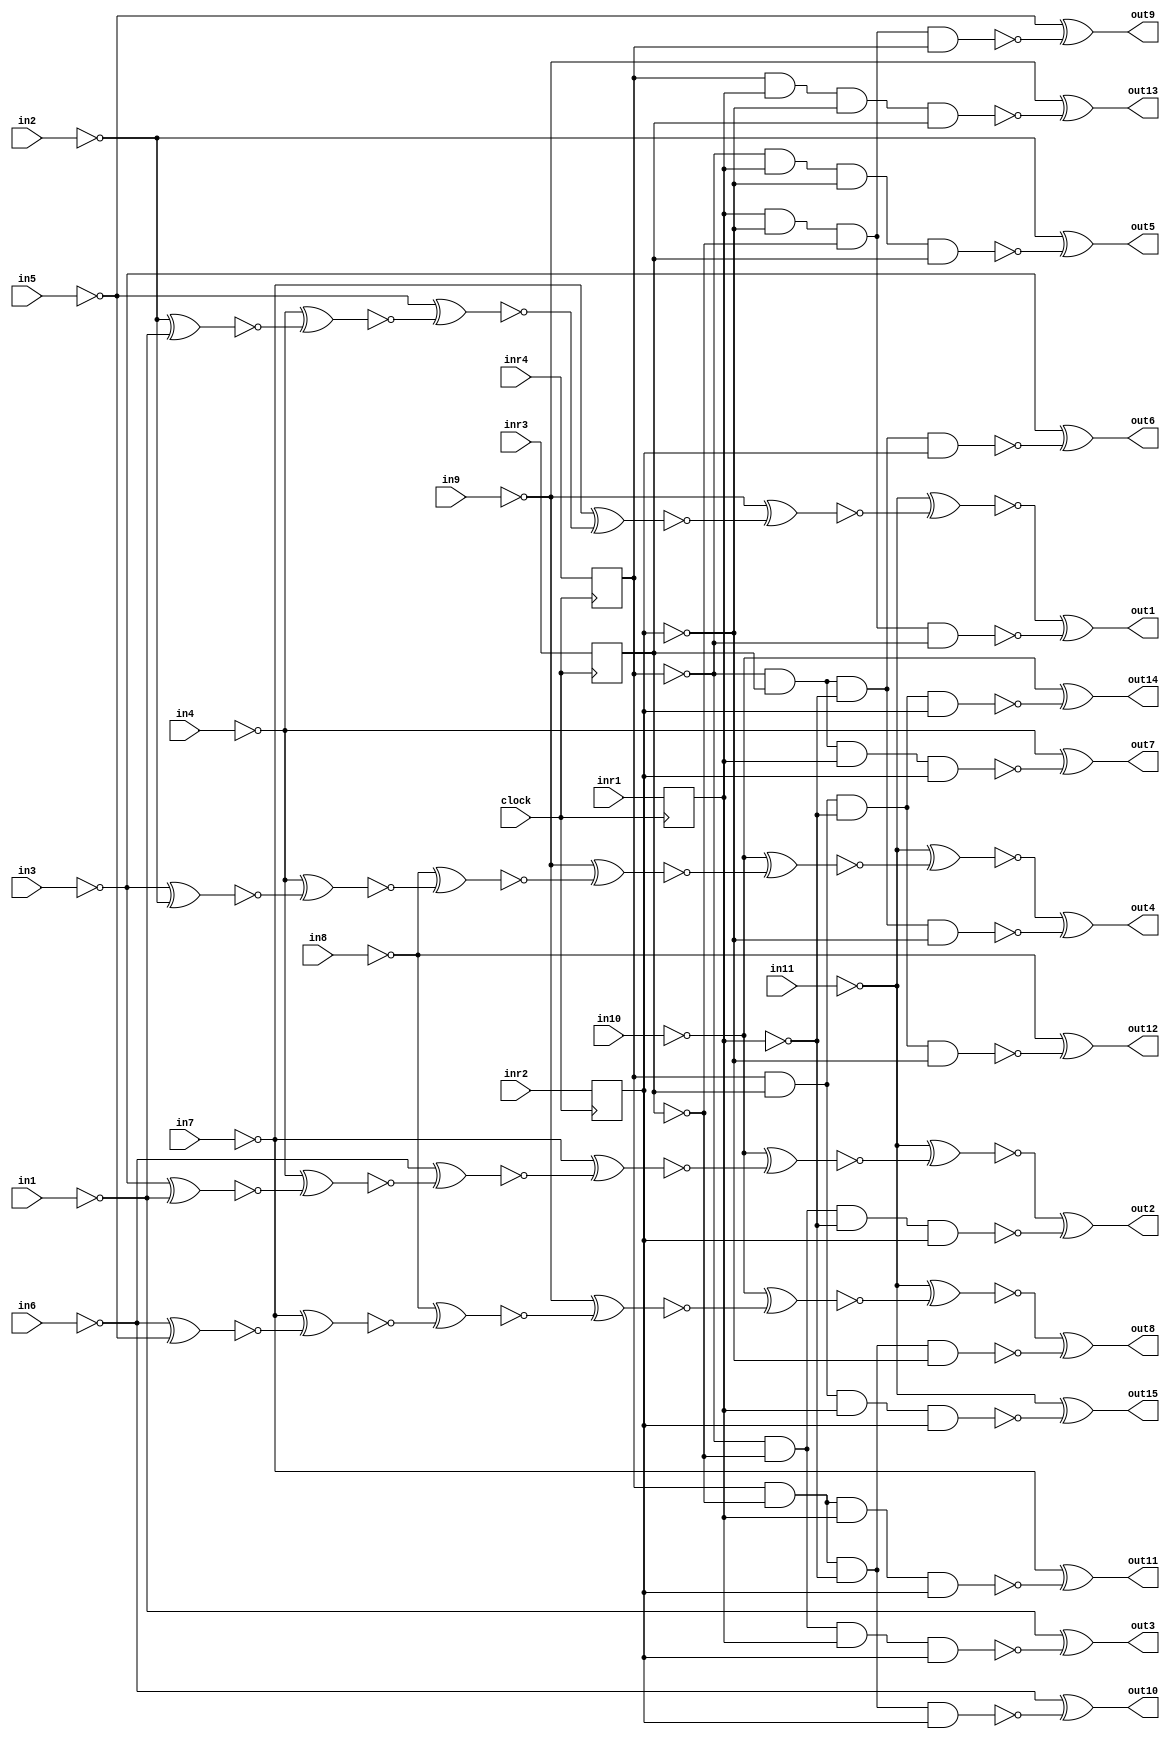
// Benchmark "hamming15" written by ABC on Mon Nov 24 09:52:03 2014

module hamming15 ( clock, 
    in1, in2, in3, in4, in5, in6, in7, in8, in9, in10, in11,
    out1, out2, out3, out4, out5, out6, out7, out8, out9, out10, out11,
    out12, out13, out14, out15  ,
		inr1,inr2,inr3,inr4
		);
  input  clock;
  input  in1, in2, in3, in4, in5, in6, in7, in8, in9, in10, in11;
		input inr1,inr2,inr3,inr4;
  output out1, out2, out3, out4, out5, out6, out7, out8, out9, out10, out11,
    out12, out13, out14, out15;
  reg r0, r1, r2, r3;
  wire n39, n40, n41, n42, n47, n48, n49, n50, n51, n52, n53, n54_1, n55,
    n56, n57, n58, n59_1, n60, n61, n79, n80, n81, n82, n83, n84, n85, n86,
    n87, n88, n89, n90, n91, n92, n93, n94, n95, n96, n97, n98, n99, n100,
    n101, n102, n103, n104, n105, n106, n107, n108, n109, n110, n111, n112,
    n113, n114, n115, n116, n117, n118, n119, n120, n121, n122, n123, n124,
    n125, n126, n127, n128, n129, n130, n131, n132, n133, n134, n135, n136,
    n137, n138, n139, n140, n54, n59, n64, n69;
  assign n39 = r0;
  assign n40 = r1;
  assign n41 = r2;
  assign n42 = r3;
  assign n54 = n39;
  assign n59 = n40;
  assign n64 = n41;
  assign n69 = n42;
  assign n47 = r0 & ~r1 & ~r2 & ~r3;
  assign n48 = ~r3 & ~r2 & ~r0 & r1;
  assign n49 = ~r3 & ~r2 & r0 & r1;
  assign n50 = ~r3 & r2 & ~r0 & ~r1;
  assign n51 = ~r3 & r0 & ~r1 & r2;
  assign n52 = ~r3 & r2 & ~r0 & r1;
  assign n53 = ~r3 & r2 & r0 & r1;
  assign n54_1 = r3 & ~r2 & ~r0 & ~r1;
  assign n55 = r0 & ~r1 & ~r2 & r3;
  assign n56 = r3 & ~r2 & ~r0 & r1;
  assign n57 = r3 & ~r2 & r0 & r1;
  assign n58 = r3 & r2 & ~r0 & ~r1;
  assign n59_1 = r3 & r0 & ~r1 & r2;
  assign n60 = r3 & r2 & ~r0 & r1;
  assign n61 = r3 & r2 & r0 & r1;
  assign out1 = ~n102 ^ ~n47;
  assign out2 = ~n111 ^ ~n48;
  assign out3 = ~n130 ^ ~n49;
  assign out4 = ~n120 ^ ~n50;
  assign out5 = ~n131 ^ ~n51;
  assign out6 = ~n132 ^ ~n52;
  assign out7 = ~n133 ^ ~n53;
  assign out8 = ~n129 ^ ~n54_1;
  assign out9 = ~n134 ^ ~n55;
  assign out10 = ~n135 ^ ~n56;
  assign out11 = ~n136 ^ ~n57;
  assign out12 = ~n137 ^ ~n58;
  assign out13 = ~n138 ^ ~n59_1;
  assign out14 = ~n139 ^ ~n60;
  assign out15 = ~n140 ^ ~n61;
  assign n79 = 1'b0;
  assign n80 = 1'b0;
  assign n81 = in1;
  assign n82 = 1'b0;
  assign n83 = in2;
  assign n84 = in3;
  assign n85 = in4;
  assign n86 = 1'b0;
  assign n87 = in5;
  assign n88 = in6;
  assign n89 = in7;
  assign n90 = in8;
  assign n91 = in9;
  assign n92 = in10;
  assign n93 = in11;
  assign n94 = n79;
  assign n95 = ~n81 ^ ~n94;
  assign n96 = ~n83 ^ ~n95;
  assign n97 = ~n85 ^ ~n96;
  assign n98 = ~n87 ^ ~n97;
  assign n99 = ~n89 ^ ~n98;
  assign n100 = ~n91 ^ ~n99;
  assign n101 = ~n93 ^ ~n100;
  assign n102 = n101;
  assign n103 = n80;
  assign n104 = ~n81 ^ ~n103;
  assign n105 = ~n84 ^ ~n104;
  assign n106 = ~n85 ^ ~n105;
  assign n107 = ~n88 ^ ~n106;
  assign n108 = ~n89 ^ ~n107;
  assign n109 = ~n92 ^ ~n108;
  assign n110 = ~n93 ^ ~n109;
  assign n111 = n110;
  assign n112 = n82;
  assign n113 = ~n83 ^ ~n112;
  assign n114 = ~n84 ^ ~n113;
  assign n115 = ~n85 ^ ~n114;
  assign n116 = ~n90 ^ ~n115;
  assign n117 = ~n91 ^ ~n116;
  assign n118 = ~n92 ^ ~n117;
  assign n119 = ~n93 ^ ~n118;
  assign n120 = n119;
  assign n121 = n86;
  assign n122 = ~n87 ^ ~n121;
  assign n123 = ~n88 ^ ~n122;
  assign n124 = ~n89 ^ ~n123;
  assign n125 = ~n90 ^ ~n124;
  assign n126 = ~n91 ^ ~n125;
  assign n127 = ~n92 ^ ~n126;
  assign n128 = ~n93 ^ ~n127;
  assign n129 = n128;
  assign n130 = n81;
  assign n131 = n83;
  assign n132 = n84;
  assign n133 = n85;
  assign n134 = n87;
  assign n135 = n88;
  assign n136 = n89;
  assign n137 = n90;
  assign n138 = n91;
  assign n139 = n92;
  assign n140 = n93;
  always @ (posedge clock) begin
    r0 <= inr1;
    r1 <= inr2;
    r2 <= inr3;
    r3 <= inr4;
  end
endmodule